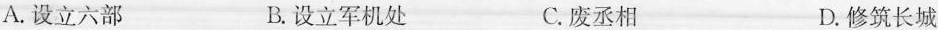
A.设立六部 B.设立军机处 C.废丞相 D.修筑长城